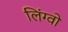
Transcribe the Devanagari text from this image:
लिंग्वो